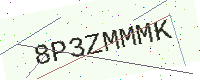
Text: 8P3ZMMMK